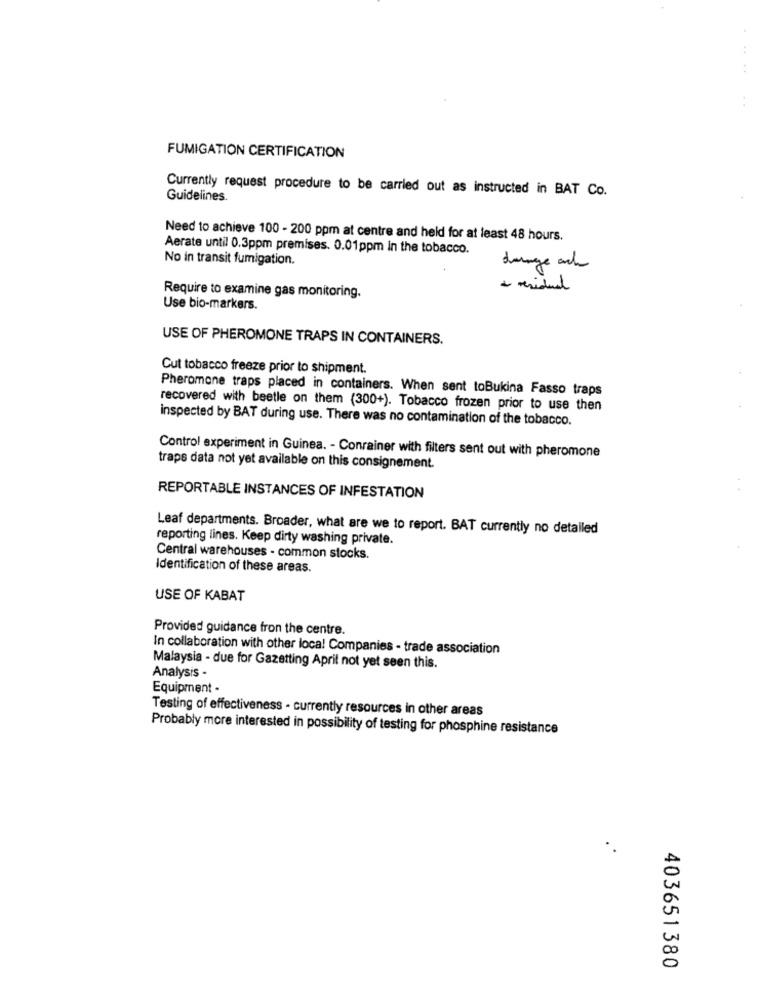
FUMIGATION CERTIFICATION
Currently request procedure to be carried out as instructed in BAT Co.
Guidelines.
Need to achieve 100 - 200 ppm at centre and held for at least 48 hours.
Aerate until 0.3ppm premises. 0.01ppm in the tobacco.
No in transit fumigation.
dunge ack
Require to examine gas monitoring.
Use bio-markers
USE OF PHEROMONE TRAPS IN CONTAINERS.
Cut tobacco freeze prior to shipment.
Pheromone traps placed in containers. When sent toBukina Fasso traps
recovered with beetle on them (300+). Tobacco frozen prior to use then
inspected by BAT during use. There was no contamination of the tobacco.
Control experiment in Guinea. - Conrainer with filters sent out with pheromone
traps data not yet available on this consignement.
REPORTABLE INSTANCES OF INFESTATION
Leaf departments. Broader, what are we to report. BAT currently no detailed
reporting lines. Keep dirty washing private.
Central warehouses - common stocks.
Identification of these areas.
USE OF KABAT
Provided guidance fron the centre.
In collaboration with other loca! Companies - trade association
Malaysia - due for Gazetting April not yet seen this.
Analysis -
Equipment -
Testing of effectiveness - currently resources in other areas
Probably more interested in possibility of testing for phosphine resistance
403651380